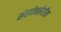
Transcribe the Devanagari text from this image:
संसदेबाहेरील